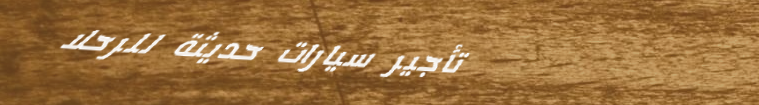
تأجير سيارات حديثة للرحلا